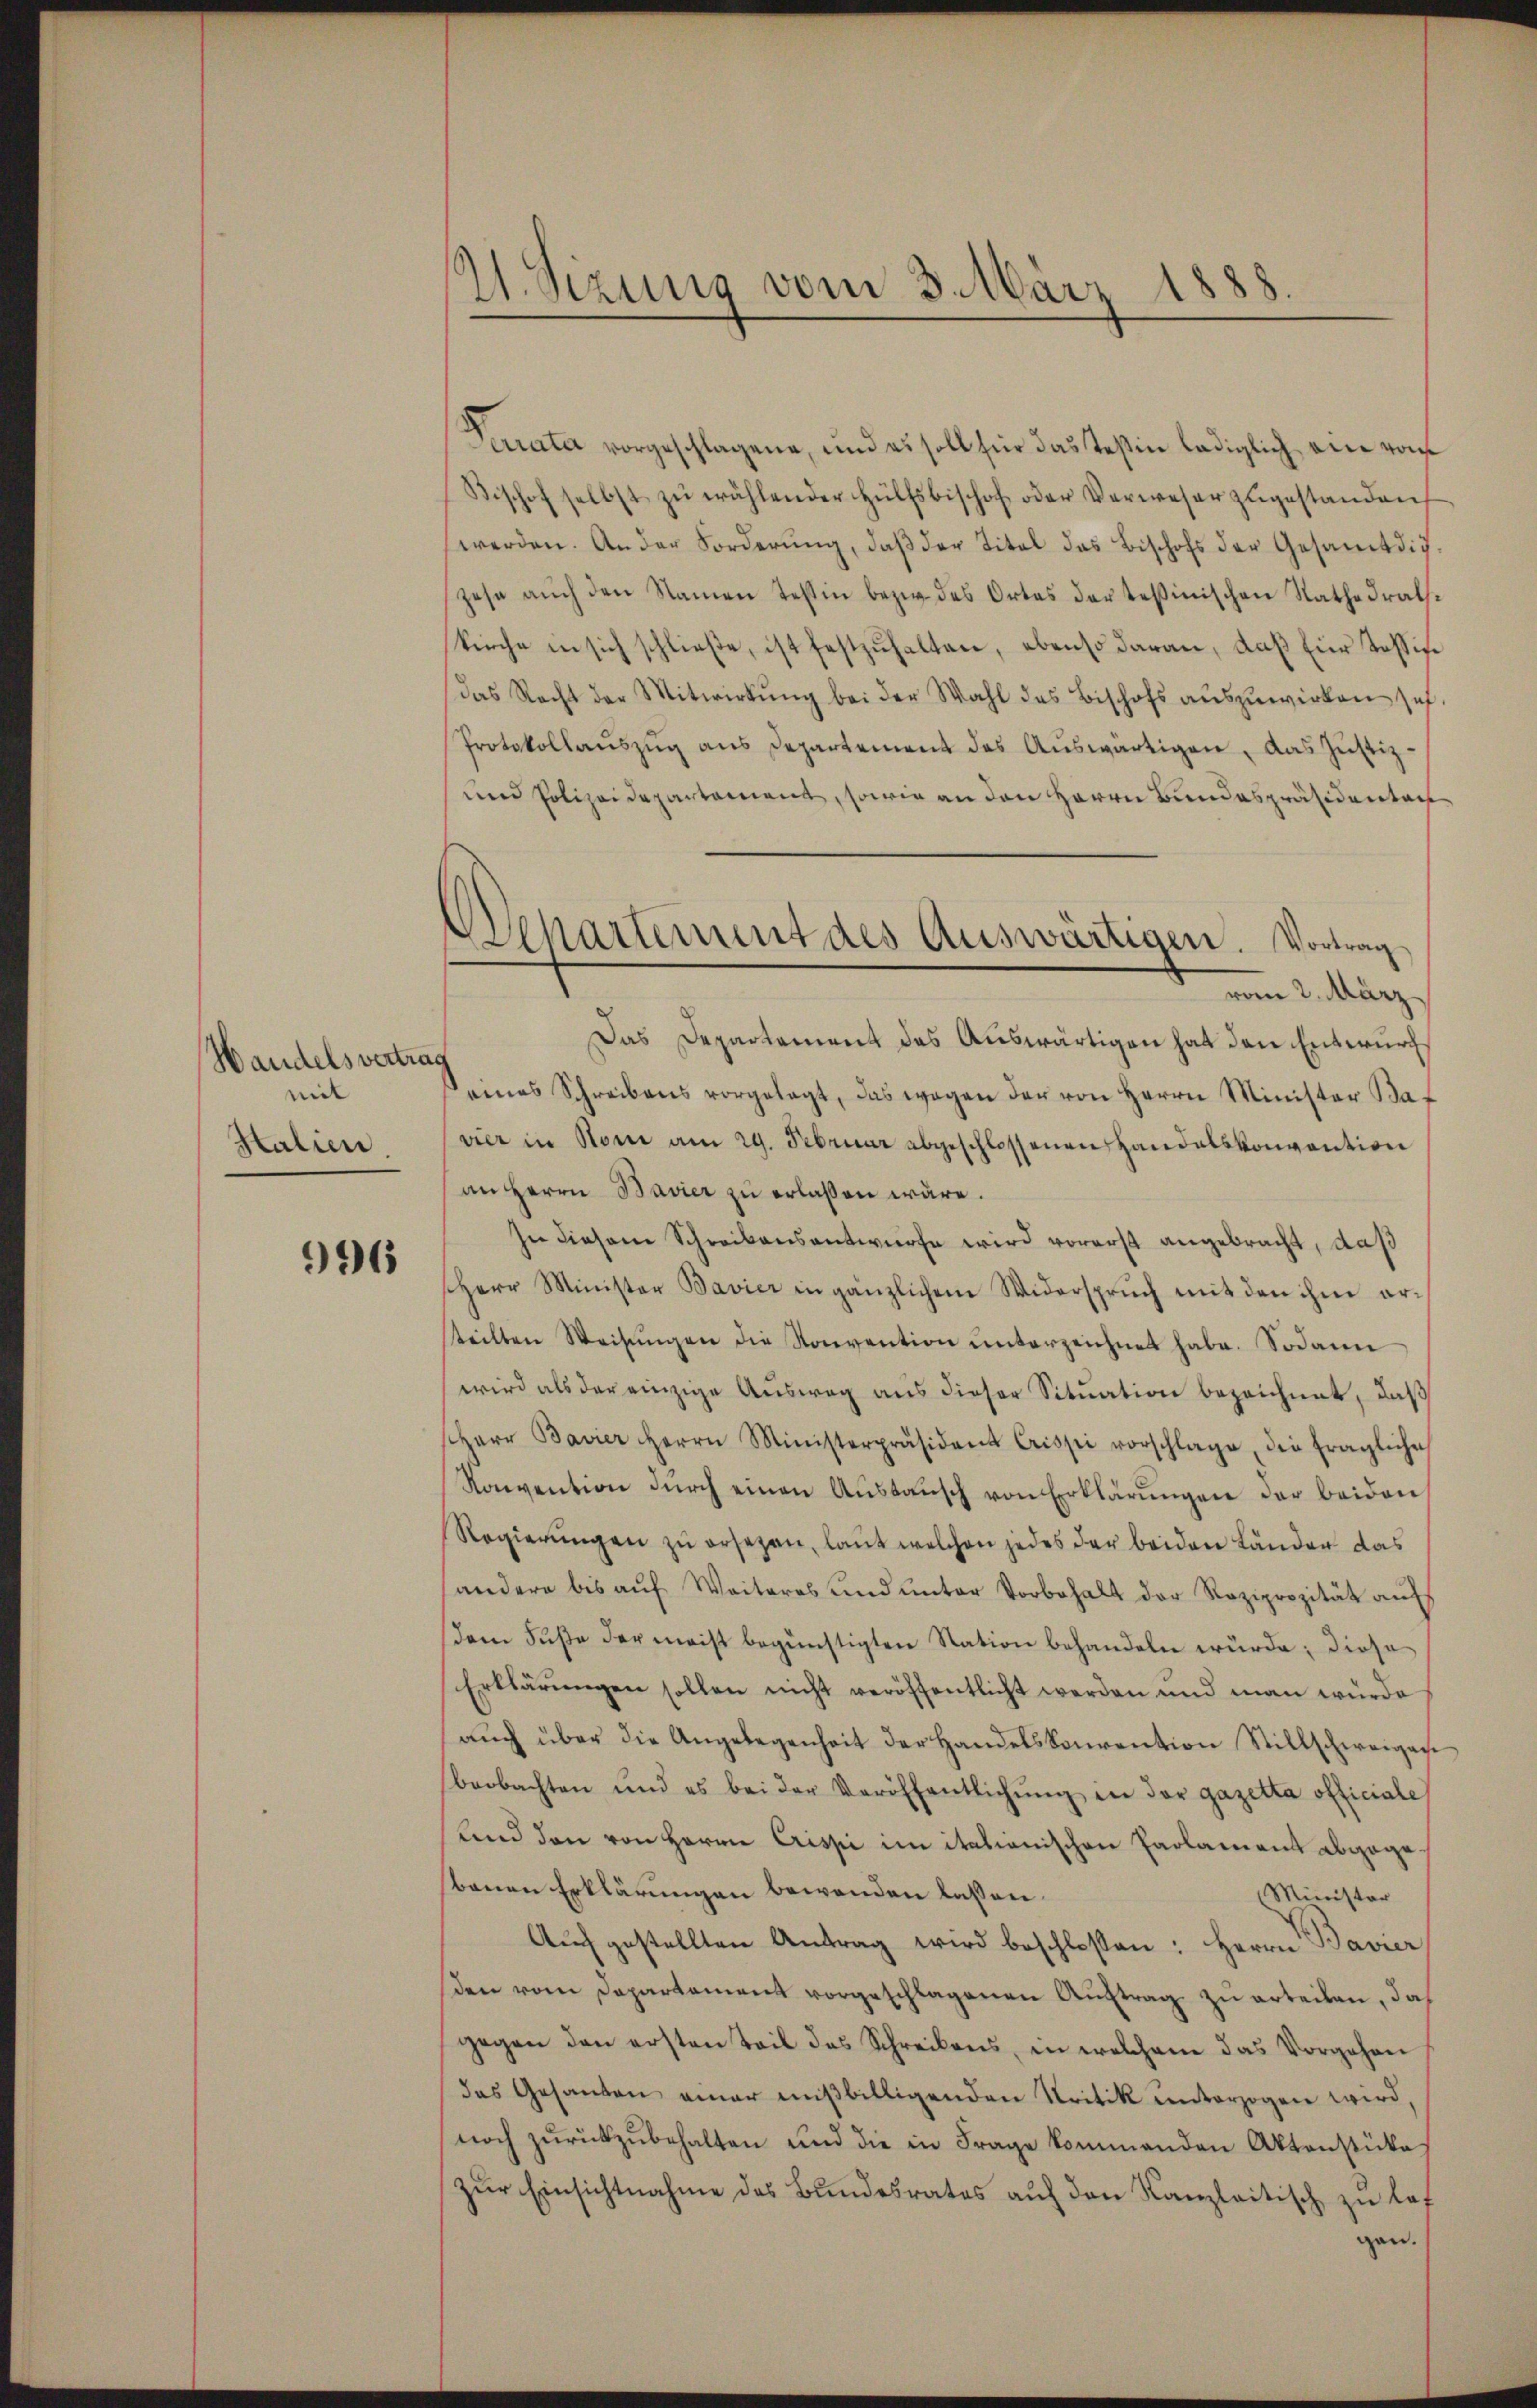
Handelsvertrag
mit
Htalien

96

W. Sizung vom 3. März 1888.

Departement des Auswärtigen. Vortrag
vom 2. März

Serrata vorgeschlagene, und es soll für das Teßin lediglich ein vom
Bischof selbst zŭ wählender Hülfsbischof oder Verweser zŭgestanden
werden. An der Forderŭng, daβ der Titel das Bischofs der Gesamt dich
zese auch den Namen Teßin bezw. des Ortes der tessinischen Rathedrale
kirche in sich schließe, ist festzuhalten, ebenso daran, daß für Tassise
das Recht der Mitwirkŭng bei der Wahl des Bischofs auszuwirken sich
Protokollaŭszŭg ans Departement des Aŭswärtigen, das Justiz-
und Polizeidepartement, sowie an den Herrn Bundespräsidenten
Das Departament das Auswärtigen hat den Entwurfs
eines Schreibens vorgelegt, das wegen der von Herrn Minister Ba
vier in Nomi am 29. Februar abgeschlossenen Handelskonvention
an Herrn Bavier zu erlaßen wäre.
In diesem Schreibensantwurfe wird vorerst angebracht, daß
Herr Minister Bavier in gänzlichem Widerspruch mit den ihm erteilten Weisŭngen die Konvention ŭnterzeichnet habe. Sodann
wird als der einzige Ausweg aus dieser Situation bezeichnet, daß
sherr Bavier Herrn Ministerpräsident Crissi vorschlage die fragliche
Roivention dŭrch einen Aŭsbaŭsch von Erklärŭngen der beiden
Regierŭngen zŭ ersezen, laut welchen jedes der beiden Länder das
andere bis aŭf Weiteres und unter Vorbehalt der Reziprozität aufs
dem Fuße der meist begünstigten Station behandeln wurde; diese
Erklärŭngen sollen nicht veröffentlicht werden und man würde
aŭch über die Angelegenheit der Handelskonvention Stillschweigase
beobachten und es bei der Veröffentlichŭng in der Gazetta officiale
Land den von Herrn Crissi im italienischen Parlament abgegebauen Erklärungen bewenden lassen.
Minister
Aŭch gestellten Antrag wird beschloßen: Herrn Baurer
den vom Departament vorgeschlagenen Auftrag zu erteilen, doch
gegen den ersten Teil des Schreibens, in welchem das Vorgehen
das Gesanten einer miβbilligenden Kritik unterzogen wird,
noch zŭrückzŭbehalten und die in Frage kommenden Aktenstücke
Zur Einsichtnahme des Bundesrates auf den Kanzleitisch zu las
gen.